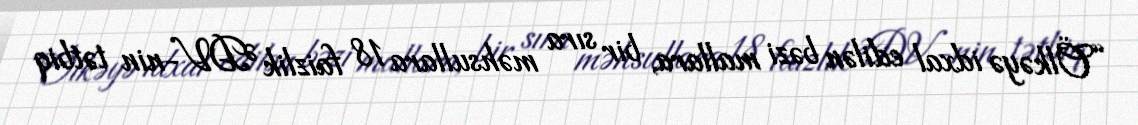
“Ölkəyə idxal edilən bəzi mallara, bir sıra məhsullara 18 faizlik ƏDV-nin tətbiq